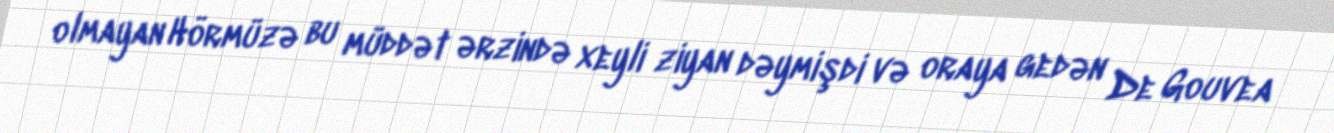
olmayan Hörmüzə bu müddət ərzində xeyli ziyan dəymişdi və oraya gedən De Gouvea